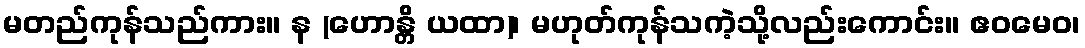
မတည်ကုန်သည်ကား။ န (ဟောန္တိ ယထာ)၊ မဟုတ်ကုန်သကဲ့သို့လည်းကောင်း။ ဧဝမေဝ၊